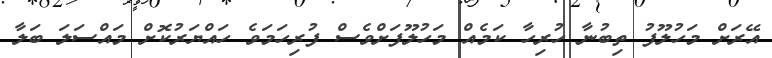
އޭރަށް މަހުލޫފު ތިބުނާ ހުރިހާ ކަމެއް މަހުލޫފަށްވެސް ފުރިހަމަވެ ހައްޔަރުކޮށް މައްސަލަ ބަލާ